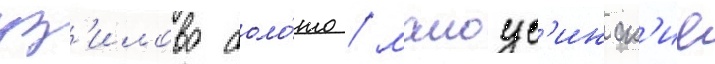
уз'илово боло́то / малоус'инск'ие